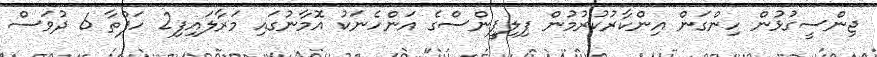
ޖިންސީގުޅުން ހިންގަން އިންކާރުކުރުމުން ފިލިޕީންސްގެ އަންހެނަކު އޮމާނުގައި މަރާލައިފި2 ހަފްތާ 6 ދުވަސް